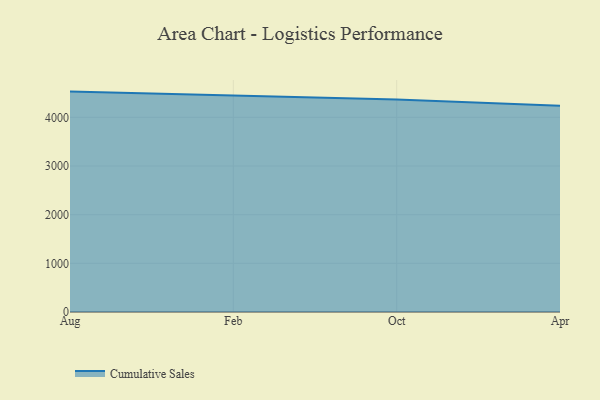
{"axis": {"x": "Month", "y": "LTV (USD)"}, "legend": ["Cumulative Sales"], "data": [{"x": "Aug", "y": 4528.7, "type": "Cumulative Sales"}, {"x": "Feb", "y": 4449.5, "type": "Cumulative Sales"}, {"x": "Oct", "y": 4364.0, "type": "Cumulative Sales"}, {"x": "Apr", "y": 4236.5, "type": "Cumulative Sales"}]}